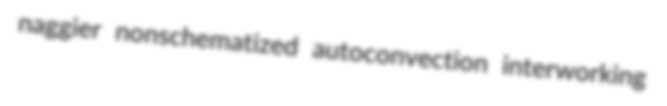
naggier nonschematized autoconvection interworking